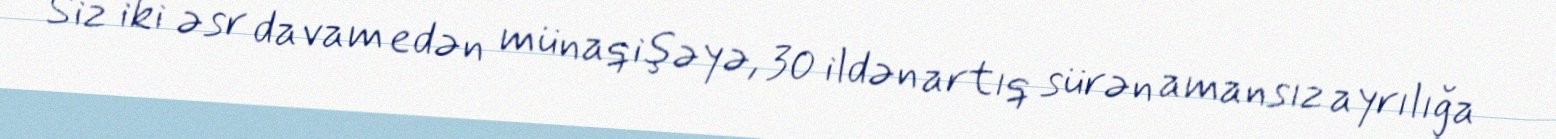
Siz iki əsr davam edən münaqişəyə, 30 ildən artıq sürən amansız ayrılığa